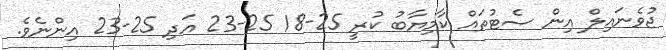
ޖުވެނައިލް އިން ސެޓުތައް ކާމިޔާބު ކުރީ 25-18 25-23 އަދި 25-23 އިންނެވެ.